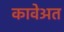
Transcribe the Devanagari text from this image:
कावेअत